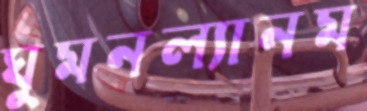
ঘুমনল্যানম